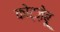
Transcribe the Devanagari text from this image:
कोट्ज़ेबू